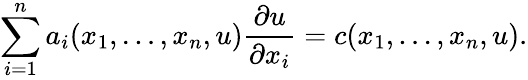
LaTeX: \sum_{i=1}^{n}a_{i}(x_{1},\dots,x_{n},u){\frac{\partial u}{\partial x_{i}}}=c(x_{1},\dots,x_{n},u).